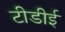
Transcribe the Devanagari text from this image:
टीडीई